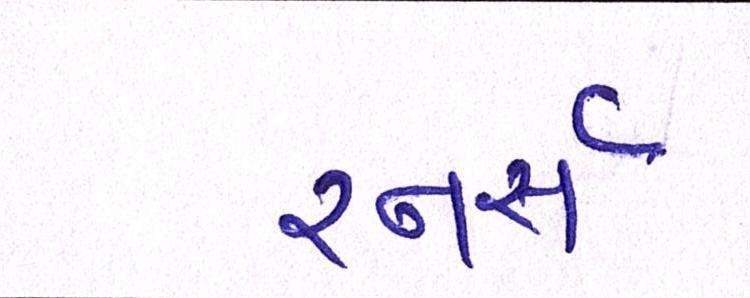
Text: રનર્સ